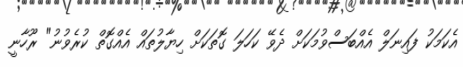
އެކަމަކު ފައިނަލް އެއްބަސްވުމަކަށް ދެވޭ ކަހަލަ ގޮތަކަށް ހިޔާލުތައް އެއްގޮތް ކުރެވުނު" ރޫހާނީ